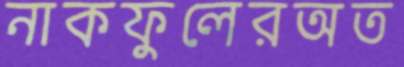
নাকফুলেরঅত